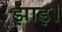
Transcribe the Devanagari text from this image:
झाड़।